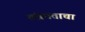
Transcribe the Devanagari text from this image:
तंत्रमताचा